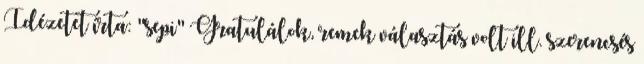
Idézetet írta: "sepi" Gratulálok, remek választás volt ill. szerencsés